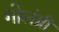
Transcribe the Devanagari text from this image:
गोलंग्री